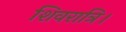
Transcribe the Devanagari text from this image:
शिवरात्रि।